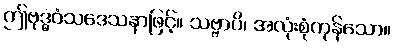
ဤဗုဒ္ဓဝံသဒေသနာဖြင့်။ သဗ္ဗာပိ၊ အလုံးစုံကုန်သော။